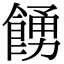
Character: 𩜳